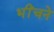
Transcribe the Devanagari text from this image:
भींचने